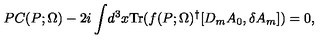
P C ( P ; \Omega ) - 2 i \int \! d ^ { 3 } x \mathrm { T r } ( f ( P ; \Omega ) ^ { \dagger } [ D _ { m } A _ { 0 } , \delta A _ { m } ] ) = 0 ,